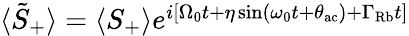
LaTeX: \begin{array}{r}{\langle\tilde{S}_{+}\rangle=\langle S_{+}\rangle e^{i[\Omega_{0}t+\eta\sin(\omega_{0}t+\theta_{\mathrm{ac}})+\Gamma_{\mathrm{Rb}}t]}}\end{array}